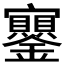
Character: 𡬔